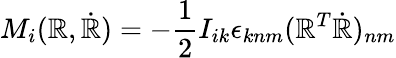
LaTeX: M_{i}(\mathbb{R},\dot{{\mathbb{R}}})=-\frac{1}{2}I_{ik}\epsilon_{knm}(\mathbb{R}^{T}\dot{{\mathbb{R}}})_{nm}